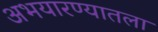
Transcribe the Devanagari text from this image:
अभयारण्यातला